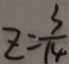
z = \frac { 3 } { 1 4 }